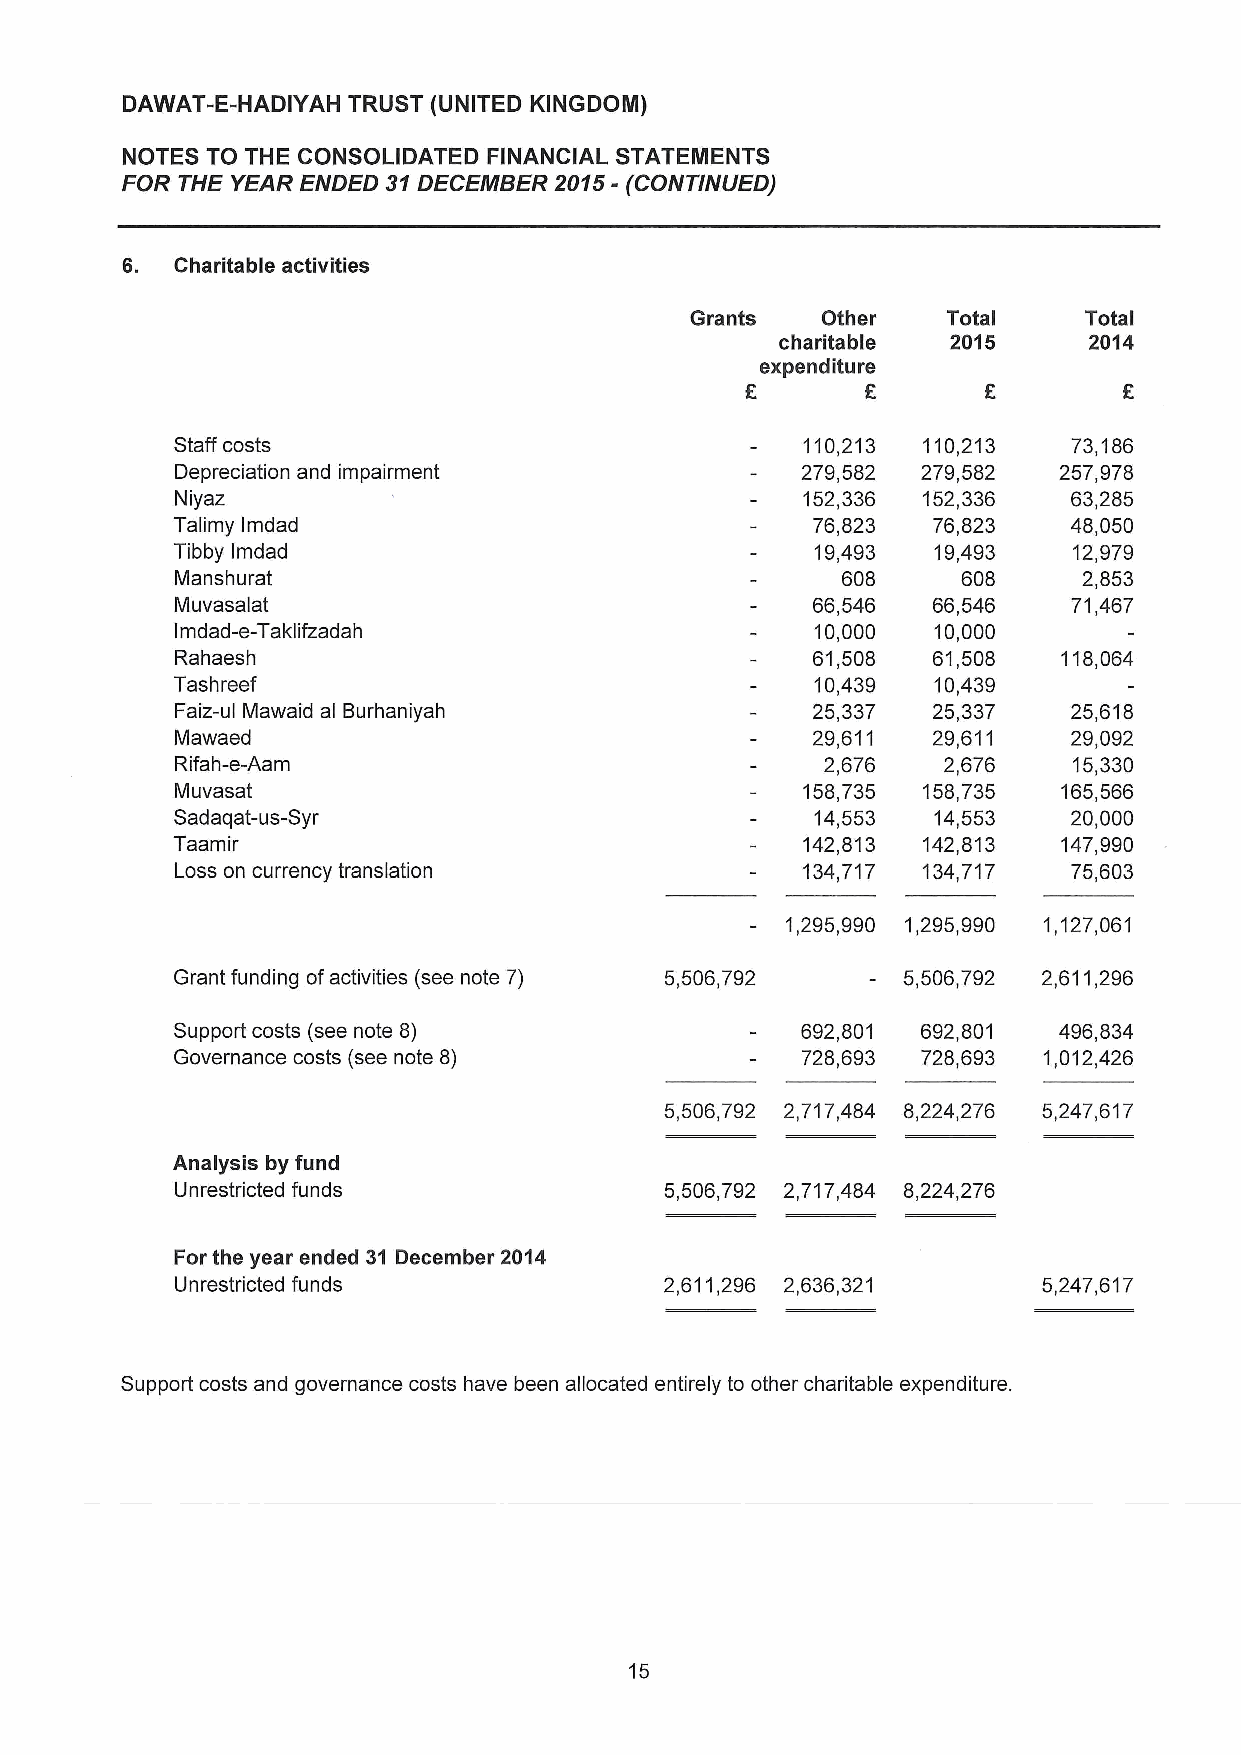
DAWAT-E-HADIYAH TRUST (UNITED KINGDOM)
 NOTES TO THE CONSOLIDATED FINANCIAL STATEMENTS
 FOR THE YEAR ENDED 31 DECEMBER 2015 - (CONTINUED)
 6. Charitable activities
 Grants Other     Total    Total
 charitable  2015     2014
 expenditure
 £    £          £        £
 Staff costs                               110,213 110,213   73,186
 Depreciation and impairment               279,582 279,582  257,978
 Niyaz                                     152,336 152,336   63,285
 Talimy Imdad                               76,823  76,823   48,050
 Tibby Imdad                                19,493  19,493   12,979
 Manshurat                                    608     608     2,853
 Muvasalat                                  66,546  66,546   71,467
 Imdad-e-Taklifzadah                        10,000  10,000
 Rahaesh                                    61,508  61,508  118,064
 Tashreef                                   10,439  10,439
 Faiz-ul Mawaid al Burhaniyah               25,337  25,337   25,618
 Mawaed                                     29,611  29,611   29,092
 Rifah-e-Aam                                2,676   2,676    15,330
 Muvasat                                   158,735 158,735  165,566
 Sadaqat-us-Syr                             14,553  14,553   20,000
 Taamir                                    142,813 142,813  147,990
 Loss on currency translation              134,717 134,717   75,603
 1,295,990 1,295,990 1,127,061
 Grant funding of activities (see note 7) 5,506,792 5,506,792 2,611,296
 Support costs (see note 8)                692,801 692,801  496,834
 Governance costs (see note 8)             728,693 728,693 1,012,426
 5,506,792 2,717,484 8,224,276 5,247,617
 Analysis by fund
 Unrestricted funds               5,506,792 2,717,484 8,224,276
 For the year ended 31 December 2014
 Unrestricted funds               2,611,296 2,636,321      5,247,617
 Support costs and governance costs have been allocated entirely to other charitable expenditure.
 15